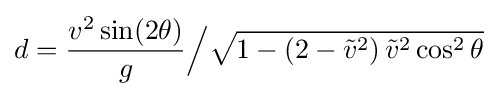
d={\frac {v^{2}\sin(2\theta )}{g}}{\Big /}{\sqrt {1-\left(2-{\tilde {v}}^{2}\right){\tilde {v}}^{2}\cos ^{2}\theta }}